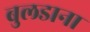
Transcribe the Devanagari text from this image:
बुलडाना